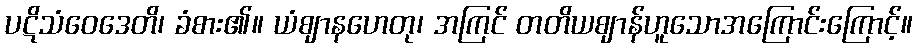
ပဋိသံဝေဒေတိ၊ ခံစား၏။ ယံဈာနဟေတု၊ အကြင် တတိယဈာန်ဟူသောအကြောင်းကြောင့်။